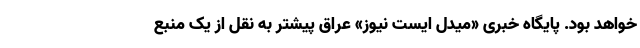
خواهد بود. پایگاه خبری «میدل ایست نیوز» عراق پیشتر به نقل از یک منبع